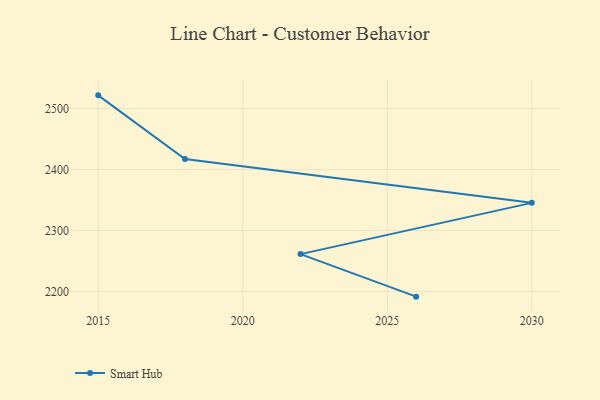
{"axis": {"x": "Year", "y": "Headcount"}, "legend": ["Smart Hub"], "data": [{"x": "2026", "y": 2191.5, "type": "Smart Hub"}, {"x": "2022", "y": 2261.2, "type": "Smart Hub"}, {"x": "2030", "y": 2345.2, "type": "Smart Hub"}, {"x": "2018", "y": 2417.0, "type": "Smart Hub"}, {"x": "2015", "y": 2521.4, "type": "Smart Hub"}]}